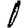
Digit: 1